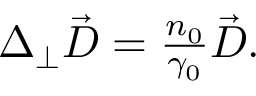
\begin{array} { r } { \Delta _ { \perp } \vec { D } = \frac { n _ { 0 } } { \gamma _ { 0 } } \vec { D } . } \end{array}